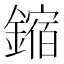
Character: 鏥